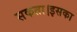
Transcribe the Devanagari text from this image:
सकता।इसका